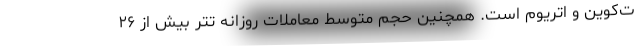
ت‌کوین و اتریوم است. همچنین حجم متوسط معاملات روزانه تتر بیش از ۲۶